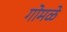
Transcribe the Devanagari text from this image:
गोमळे